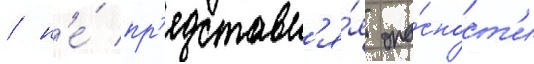
/ н'е́ пр'едставл'я́я опа́сност'и